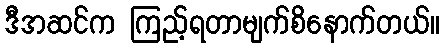
ဒီအဆင်က ကြည့်ရတာမျက်စိနောက်တယ်။